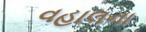
વહાલના